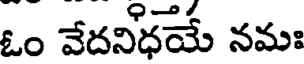
ఓం వేదనిధయే నమః